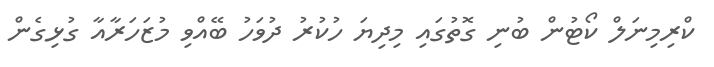
ކްރިމިނަލް ކޯޓުން ބުނި ގޮތުގައި މިދިޔަ ހުކުރު ދުވަހު ބޭއްވި މުޒަހަރާއާ ގުޅިގެން